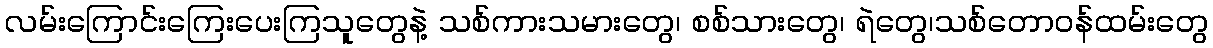
လမ်းကြောင်းကြေးပေးကြသူတွေနဲ့ သစ်ကားသမားတွေ၊ စစ်သားတွေ၊ ရဲတွေ၊သစ်တောဝန်ထမ်းတွေ